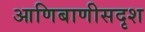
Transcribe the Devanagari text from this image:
आणिबाणीसदृश